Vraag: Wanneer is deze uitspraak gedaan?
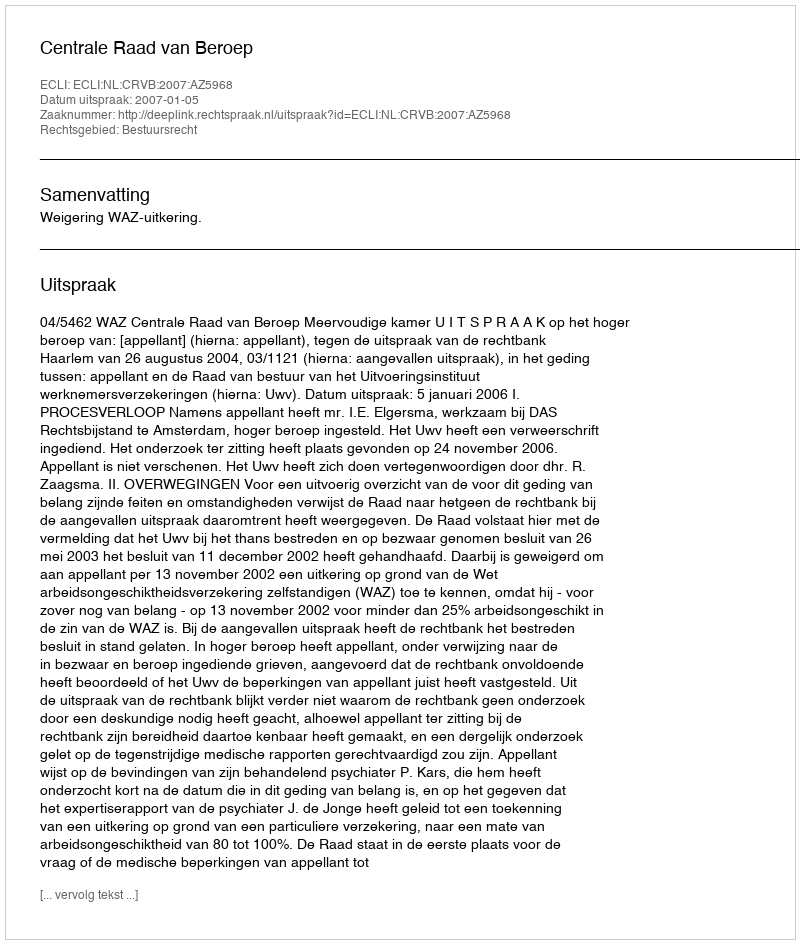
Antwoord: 2007-01-05